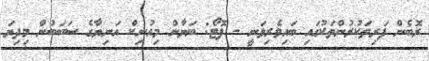
ރޮބެން ފަރިތަކުރުންތަކުގައި ބައިވެރިވަނީ - ފޮޓޯ: ބަޔާން މިއުނިކް އަނިޔާގެ ސަބަބުން މިދިޔަ